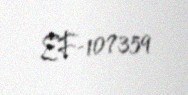
EF-107359